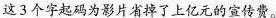
这3个字起码为影片省掉了上亿元的宣传费。